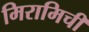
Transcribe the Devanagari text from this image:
मिरामिची